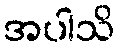
အပါသိ